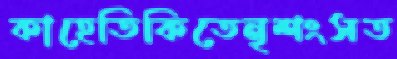
কাহেতিকিতেনৃশংসত